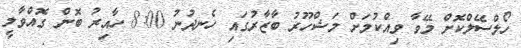
ހޯލްސޭލްކޮށް މޭވާ ވިއްކުމަށް މަޝްހޫރު ބާޒާރުގައި ހެނދުނު 8:00 ހާއިރު ބޮން ގޮއްވާލީ